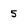
Character: 5